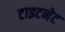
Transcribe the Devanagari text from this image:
टाइटनेट